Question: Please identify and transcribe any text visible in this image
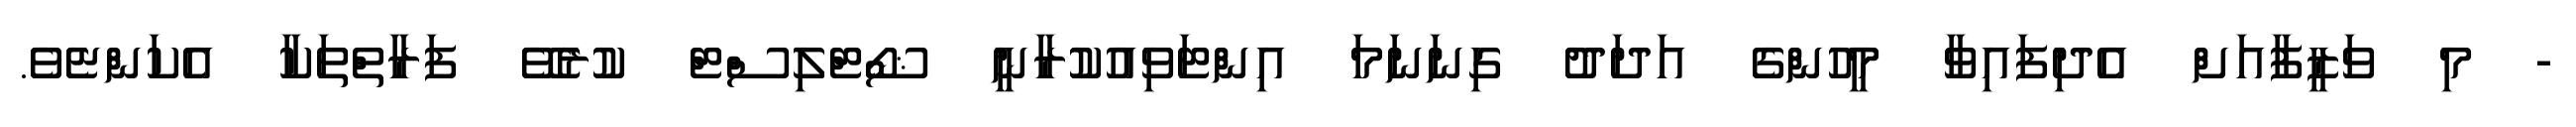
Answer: - މި ވަޒީފާއަށް އެދިފައިވާ މީހުންގެ އަދަދު ގިނަނަމަ އިންޓަވިއުކުރާނީ ޝޯޓްލިސްޓް ކުރެވޭ ފަރާތްތަކާ އެކަންޏެވެ.